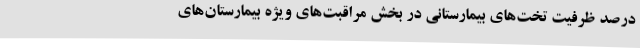
درصد ظرفیت تخت‌های بیمارستانی در بخش مراقبت‌های ویژه بیمارستان‌های